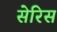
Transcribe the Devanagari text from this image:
सेरिस